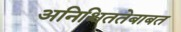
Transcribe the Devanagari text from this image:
अनिश्चिततेबाबत